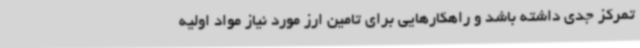
تمرکز جدی داشته باشد و راهکارهایی برای تامین ارز مورد نیاز مواد اولیه